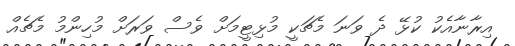
އިރާނާއެކު ކުޅޭ ދެ ވަނަ މެޗަކީ މުޅިޓީމަށް ވެސް ވަރަށް މުހިންމު މެޗެއް